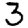
Digit: 3